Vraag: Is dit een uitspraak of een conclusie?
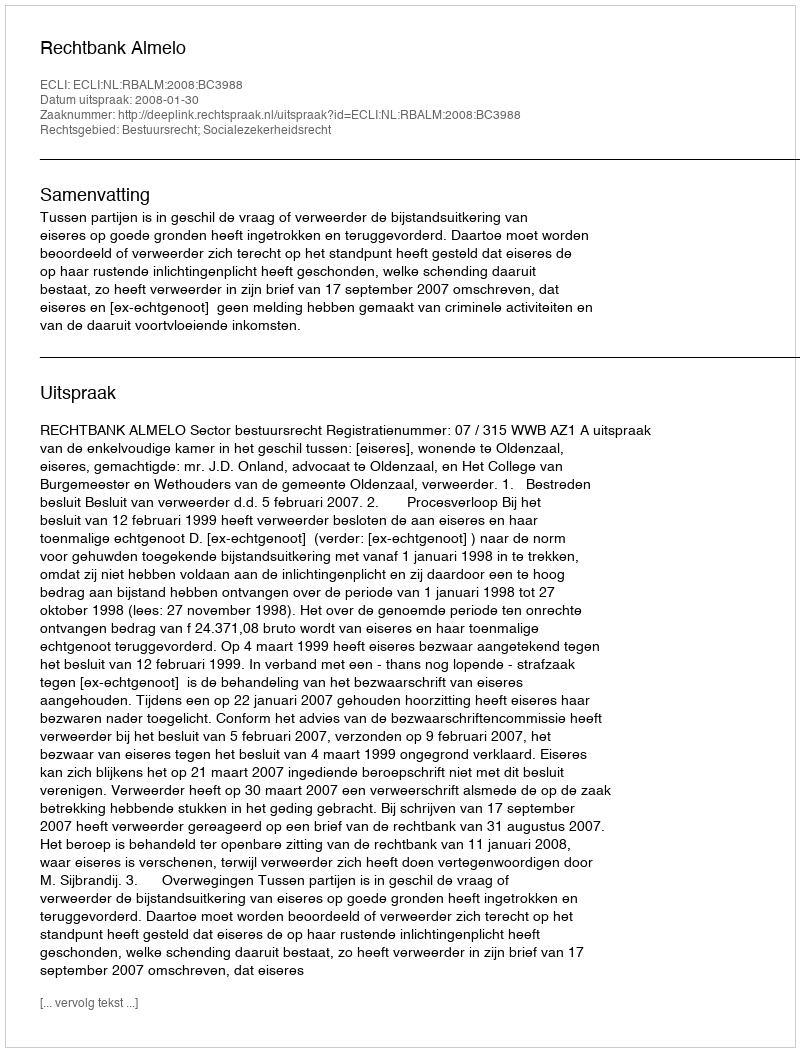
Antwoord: Uitspraak